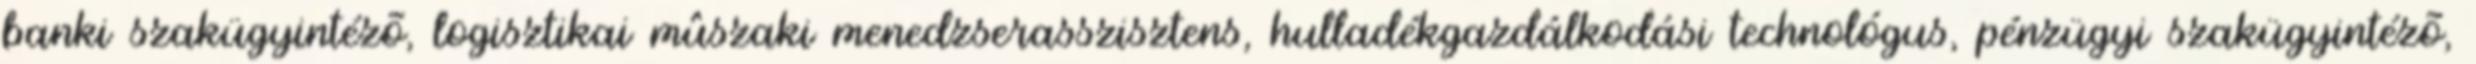
banki szakügyintézõ, logisztikai mûszaki menedzserasszisztens, hulladékgazdálkodási technológus, pénzügyi szakügyintézõ,